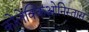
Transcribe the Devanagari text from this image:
कोलेक्किओनिस्तास